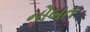
નૌબત